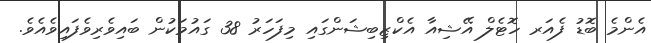
އެންމެ ބޮޑު ފެއަރ ހޮޓެލް އޭޝިއާ އެކްޒިބިޝަންގައި މިފަހަރު 38 ގައުމަކުން ބައިވެރިވެފައިވެއެވެ.